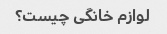
لوازم خانگی چیست؟